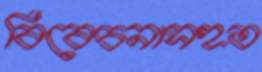
বিবেচনাসহত